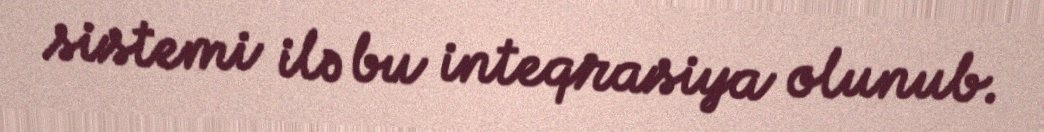
sistemi ilə bu inteqrasiya olunub.